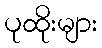
ပုထိုးများ